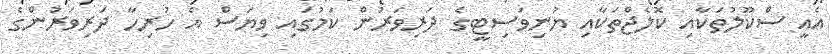
އެއީ ސްކޫލުތަކާއި ކޮލެޖްތަކާއި ޔުނިވަސިޓީގެ ދަރިވަރުން ކަމުގައި ވިޔަސް އެ ހުރިހާ ދަރިވަރުންގެ